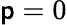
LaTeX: \mathsf{p}=0